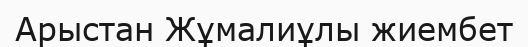
Арыстан Жұмалиұлы жиембет